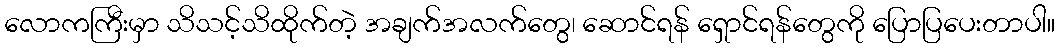
လောကကြီးမှာ သိသင့်သိထိုက်တဲ့ အချက်အလက်တွေ၊ ဆောင်ရန် ရှောင်ရန်တွေကို ပြောပြပေးတာပါ။